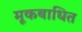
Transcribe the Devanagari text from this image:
मूकबाधित